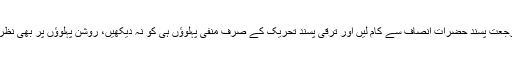
کاش رجعت پسند حضرات انصاف سے کام لیں اور ترقی پسند تحریک کے صرف منفی پہلوؤں ہی کو نہ دیکھیں، روشن پہلوؤں پر بھی نظر ڈالیں۔